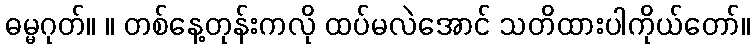
ဓမ္မဂုတ်။ ။ တစ်နေ့တုန်းကလို ထပ်မလဲအောင် သတိထားပါကိုယ်တော်။